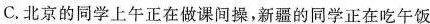
C.北京的同学上午正在做课间操，新疆的同学正在吃午饭